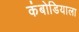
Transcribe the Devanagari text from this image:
कंबोडियाला